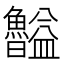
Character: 𥃠